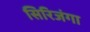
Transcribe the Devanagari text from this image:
सिरिजंगा